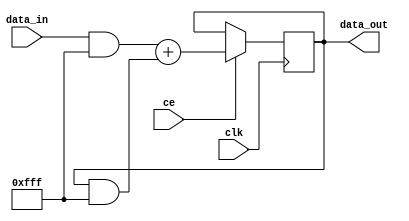
// ***************************************************************************
// ***************************************************************************
// Copyright 2014 - 2017 (c) Analog Devices, Inc. All rights reserved.
//
// In this HDL repository, there are many different and unique modules, consisting
// of various HDL (Verilog or VHDL) components. The individual modules are
// developed independently, and may be accompanied by separate and unique license
// terms.
//
// The user should read each of these license terms, and understand the
// freedoms and responsibilities that he or she has by using this source/core.
//
// This core is distributed in the hope that it will be useful, but WITHOUT ANY
// WARRANTY; without even the implied warranty of MERCHANTABILITY or FITNESS FOR
// A PARTICULAR PURPOSE.
//
// Redistribution and use of source or resulting binaries, with or without modification
// of this file, are permitted under one of the following two license terms:
//
//   1. The GNU General Public License version 2 as published by the
//      Free Software Foundation, which can be found in the top level directory
//      of this repository (LICENSE_GPL2), and also online at:
//      <https://www.gnu.org/licenses/old-licenses/gpl-2.0.html>
//
// OR
//
//   2. An ADI specific BSD license, which can be found in the top level directory
//      of this repository (LICENSE_ADIBSD), and also on-line at:
//      https://github.com/analogdevicesinc/hdl/blob/master/LICENSE_ADIBSD
//      This will allow to generate bit files and not release the source code,
//      as long as it attaches to an ADI device.
//
// ***************************************************************************
// ***************************************************************************

`timescale 1ns/100ps

module cic_int #(
  parameter DATA_WIDTH = 12,
  parameter STAGE_WIDTH = 1,
  parameter NUM_STAGES = 1
) (
  input clk,
  input [NUM_STAGES-1:0] ce,
  input [DATA_WIDTH-1:0] data_in,
  output [DATA_WIDTH-1:0] data_out
);

reg [DATA_WIDTH-1:0] state = 'h00;
wire [DATA_WIDTH-1:0] sum;
wire [DATA_WIDTH-1:0] mask;

assign data_out = state;
assign sum = (data_in & mask) + (state & mask);
generate
genvar i;

for (i = 0; i < NUM_STAGES; i = i + 1) begin
  localparam j = NUM_STAGES - i - 1;
  localparam H = DATA_WIDTH - STAGE_WIDTH * i - 1;
  localparam L = j == 0 ? 0 : DATA_WIDTH - STAGE_WIDTH * (i+1);

  assign mask[H:L] = {{H-L{1'b1}},j != 0 ? ce[j] : 1'b1};

  always @(posedge clk) begin
    if (ce[j] == 1'b1) begin
      state[H:L] <= sum[H:L];
    end
  end
end

endgenerate

endmodule